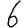
Digit: 6